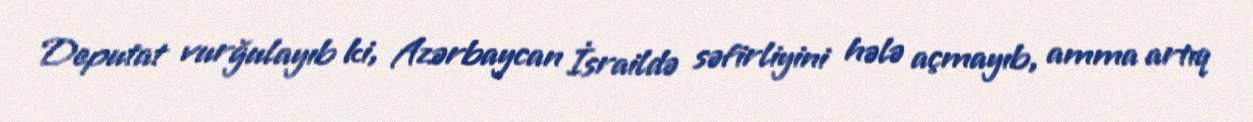
Deputat vurğulayıb ki, Azərbaycan İsraildə səfirliyini hələ açmayıb, amma artıq